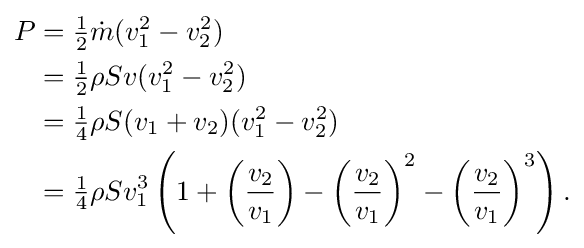
{\begin{aligned}P&={\tfrac {1}{2}}{\dot {m}}(v_{1}^{2}-v_{2}^{2})\\&={\tfrac {1}{2}}\rho Sv(v_{1}^{2}-v_{2}^{2})\\&={\tfrac {1}{4}}\rho S(v_{1}+v_{2})(v_{1}^{2}-v_{2}^{2})\\&={\tfrac {1}{4}}\rho Sv_{1}^{3}\left(1+\left({\frac {v_{2}}{v_{1}}}\right)-\left({\frac {v_{2}}{v_{1}}}\right)^{2}-\left({\frac {v_{2}}{v_{1}}}\right)^{3}\right).\end{aligned}}